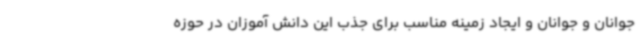
جوانان و جوانان و ایجاد زمینه مناسب برای جذب این دانش آموزان در حوزه